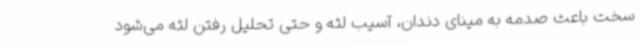
سخت باعث صدمه به مینای دندان، آسیب لثه و حتی تحلیل رفتن لثه می‌شود